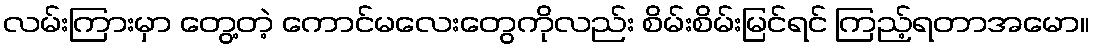
လမ်းကြားမှာ တွေ့တဲ့ ကောင်မလေးတွေကိုလည်း စိမ်းစိမ်းမြင်ရင် ကြည့်ရတာအမော။